Calcutta medical institutions reports 1871-78
Year: 1871
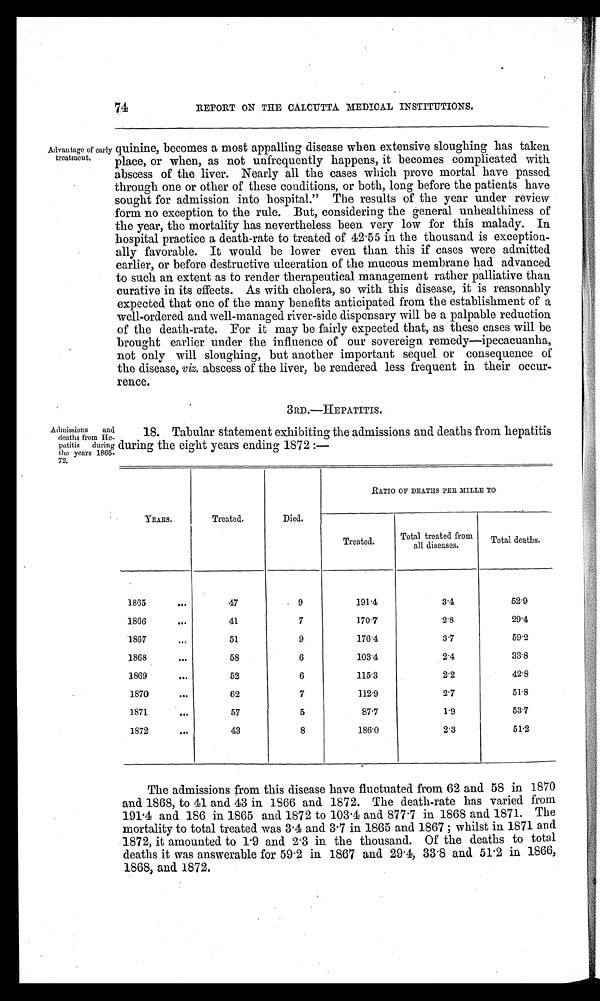
74
REPORT ON THE CALCUTTA MEDICAL INSTITUTIONS.
Advantage of early
t r e a t m e n t .
quinine, becomes a most appalling disease when extensive sloughing has taken
place, or when, as not unfrequently happens, it becomes complicated with
abscess of the liver. Nearly all the cases which prove mortal have passed
through one or other of these conditions, or both, long before the patients have
sought for admission into hospital." The results of the year under review
form no exception to the rule. But, considering the general unhealthiness of
the year, the mortality has nevertheless been very low for this malady. In
hospital practice a death-rate to treated of 42 . 55 in the thousand is exception-
ally favorable. It would be lower even than this if cases were admitted
earlier, or before destructive ulceration of the mucous membrane had advanced
to such an extent as to render therapeutical management rather palliative than
curative in its effects. As with cholera, so with this disease, it is reasonably
expected that one of the many benefits anticipated from the establishment of a
well-ordered and
°w
ell-manaaed river-side dispensary will be a palpable reduction
of the death-rate. For it may be fairly expected that, as these cases will be
brought earlier under the influence of our sovereign remedy—ipecacuanha,
not only will sloughing, but another important sequel or consequence of
the disease, viz. abscess of the liver, be rendered less frequent in. their occur-
rence.
•
3RD.—HEPATITIS.
A dZa i s
t Il i s o Is, 0 m Vi ed:
18. Tabular statement exhibiting the admissions and deaths from hepatitis
patitis
during during the eight years ending 1872 :—,
the years 1865-
72,
YEARS.
Treated.
Died.
RATIO OF DEITIES PER AIME TO
Treated.
Total treated from
all diseases.
Total deaths.
1865
...
47
, 9
191.4
3.4
52.9
1866
•••
41
7
170.7
2'8
29'4
1867
..
51
9
176'4
3.7
59.2
1868
•••
58
6
103'4
2.4
33.8
1869
1104
52
6
115.3
22
42.8
•
1870
•••
62
7
1129
2.7
51.8
1871
II.
57
5
87'7
1.9
53.7
1872
.140
43
8
186.0
2.3
51.2
The admissions from this disease have fluctuated from 62 and 58 in 1870
and 1868, to 41 and 43 in 1866 and 1872. The death-rate has varied from
191-4 and 186 in 1865 and 1872 to 103-4 and 877-7 in 1868 and 1871. The
mortality to total treated was 3 . 4 and 3 . 7 in 1865 and 1867 ; whilst in 1871 and
1872, it amounted to 1 .9 and 2-3 in the thousand. Of the deaths to total
deaths it was answerable for 59 . 2 in 1867 and 29 . 4, 33 .8 and 51 . 2 in 1866,
1868, and 1872.